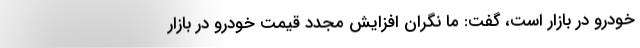
خودرو در بازار است، گفت: ما نگران افزایش مجدد قیمت خودرو در بازار